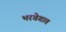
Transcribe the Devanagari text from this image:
भरवेगात